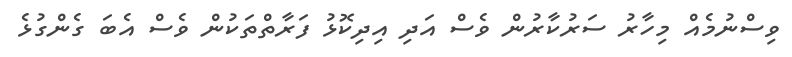
ވިސްނުމެއް މިހާރު ސަރުކާރުން ވެސް އަދި އިދިކޮޅު ފަރާތްތަކުން ވެސް އެބަ ގެންގުޅެ